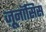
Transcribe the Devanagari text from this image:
ज़ूनॉसिस